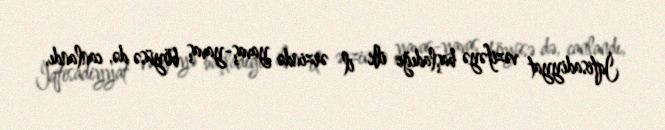
İqtisadiyyat vəzifəyə başladığı ilk il ərzində yavaş-yavaş böyüsə də, canlandı,